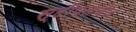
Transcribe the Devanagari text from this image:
स्टीपलचेज